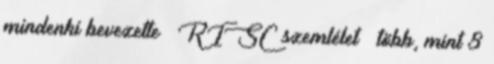
mindenki bevezette – RISC szemlélet – több, mint 8